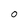
Character: 0